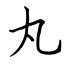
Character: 丸